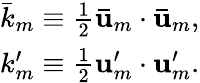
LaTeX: \begin{array}{r}{\bar{k}_{m}\equiv\frac{1}{2}\mathbf{\bar{u}}_{m}\cdot\mathbf{\bar{u}}_{m},}\\ {k_{m}^{\prime}\equiv\frac{1}{2}\mathbf{u}_{m}^{\prime}\cdot\mathbf{u}_{m}^{\prime}.}\end{array}